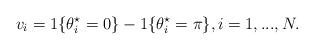
\begin{align*} v_i = 1\{\theta_i^\star=0\} - 1\{\theta_i^\star = \pi \}, i=1,...,N.\end{align*}